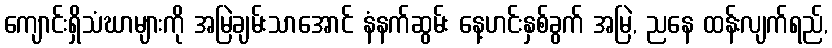
ကျောင်းရှိသံဃာများကို အမြဲချမ်းသာအောင် နံနက်ဆွမ်း နေ့ဟင်းနှစ်ခွက် အမြဲ, ညနေ ထန်းလျက်ရည်,